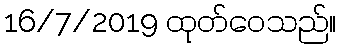
16/7/2019 ထုတ်ဝေသည်။